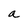
Character: a